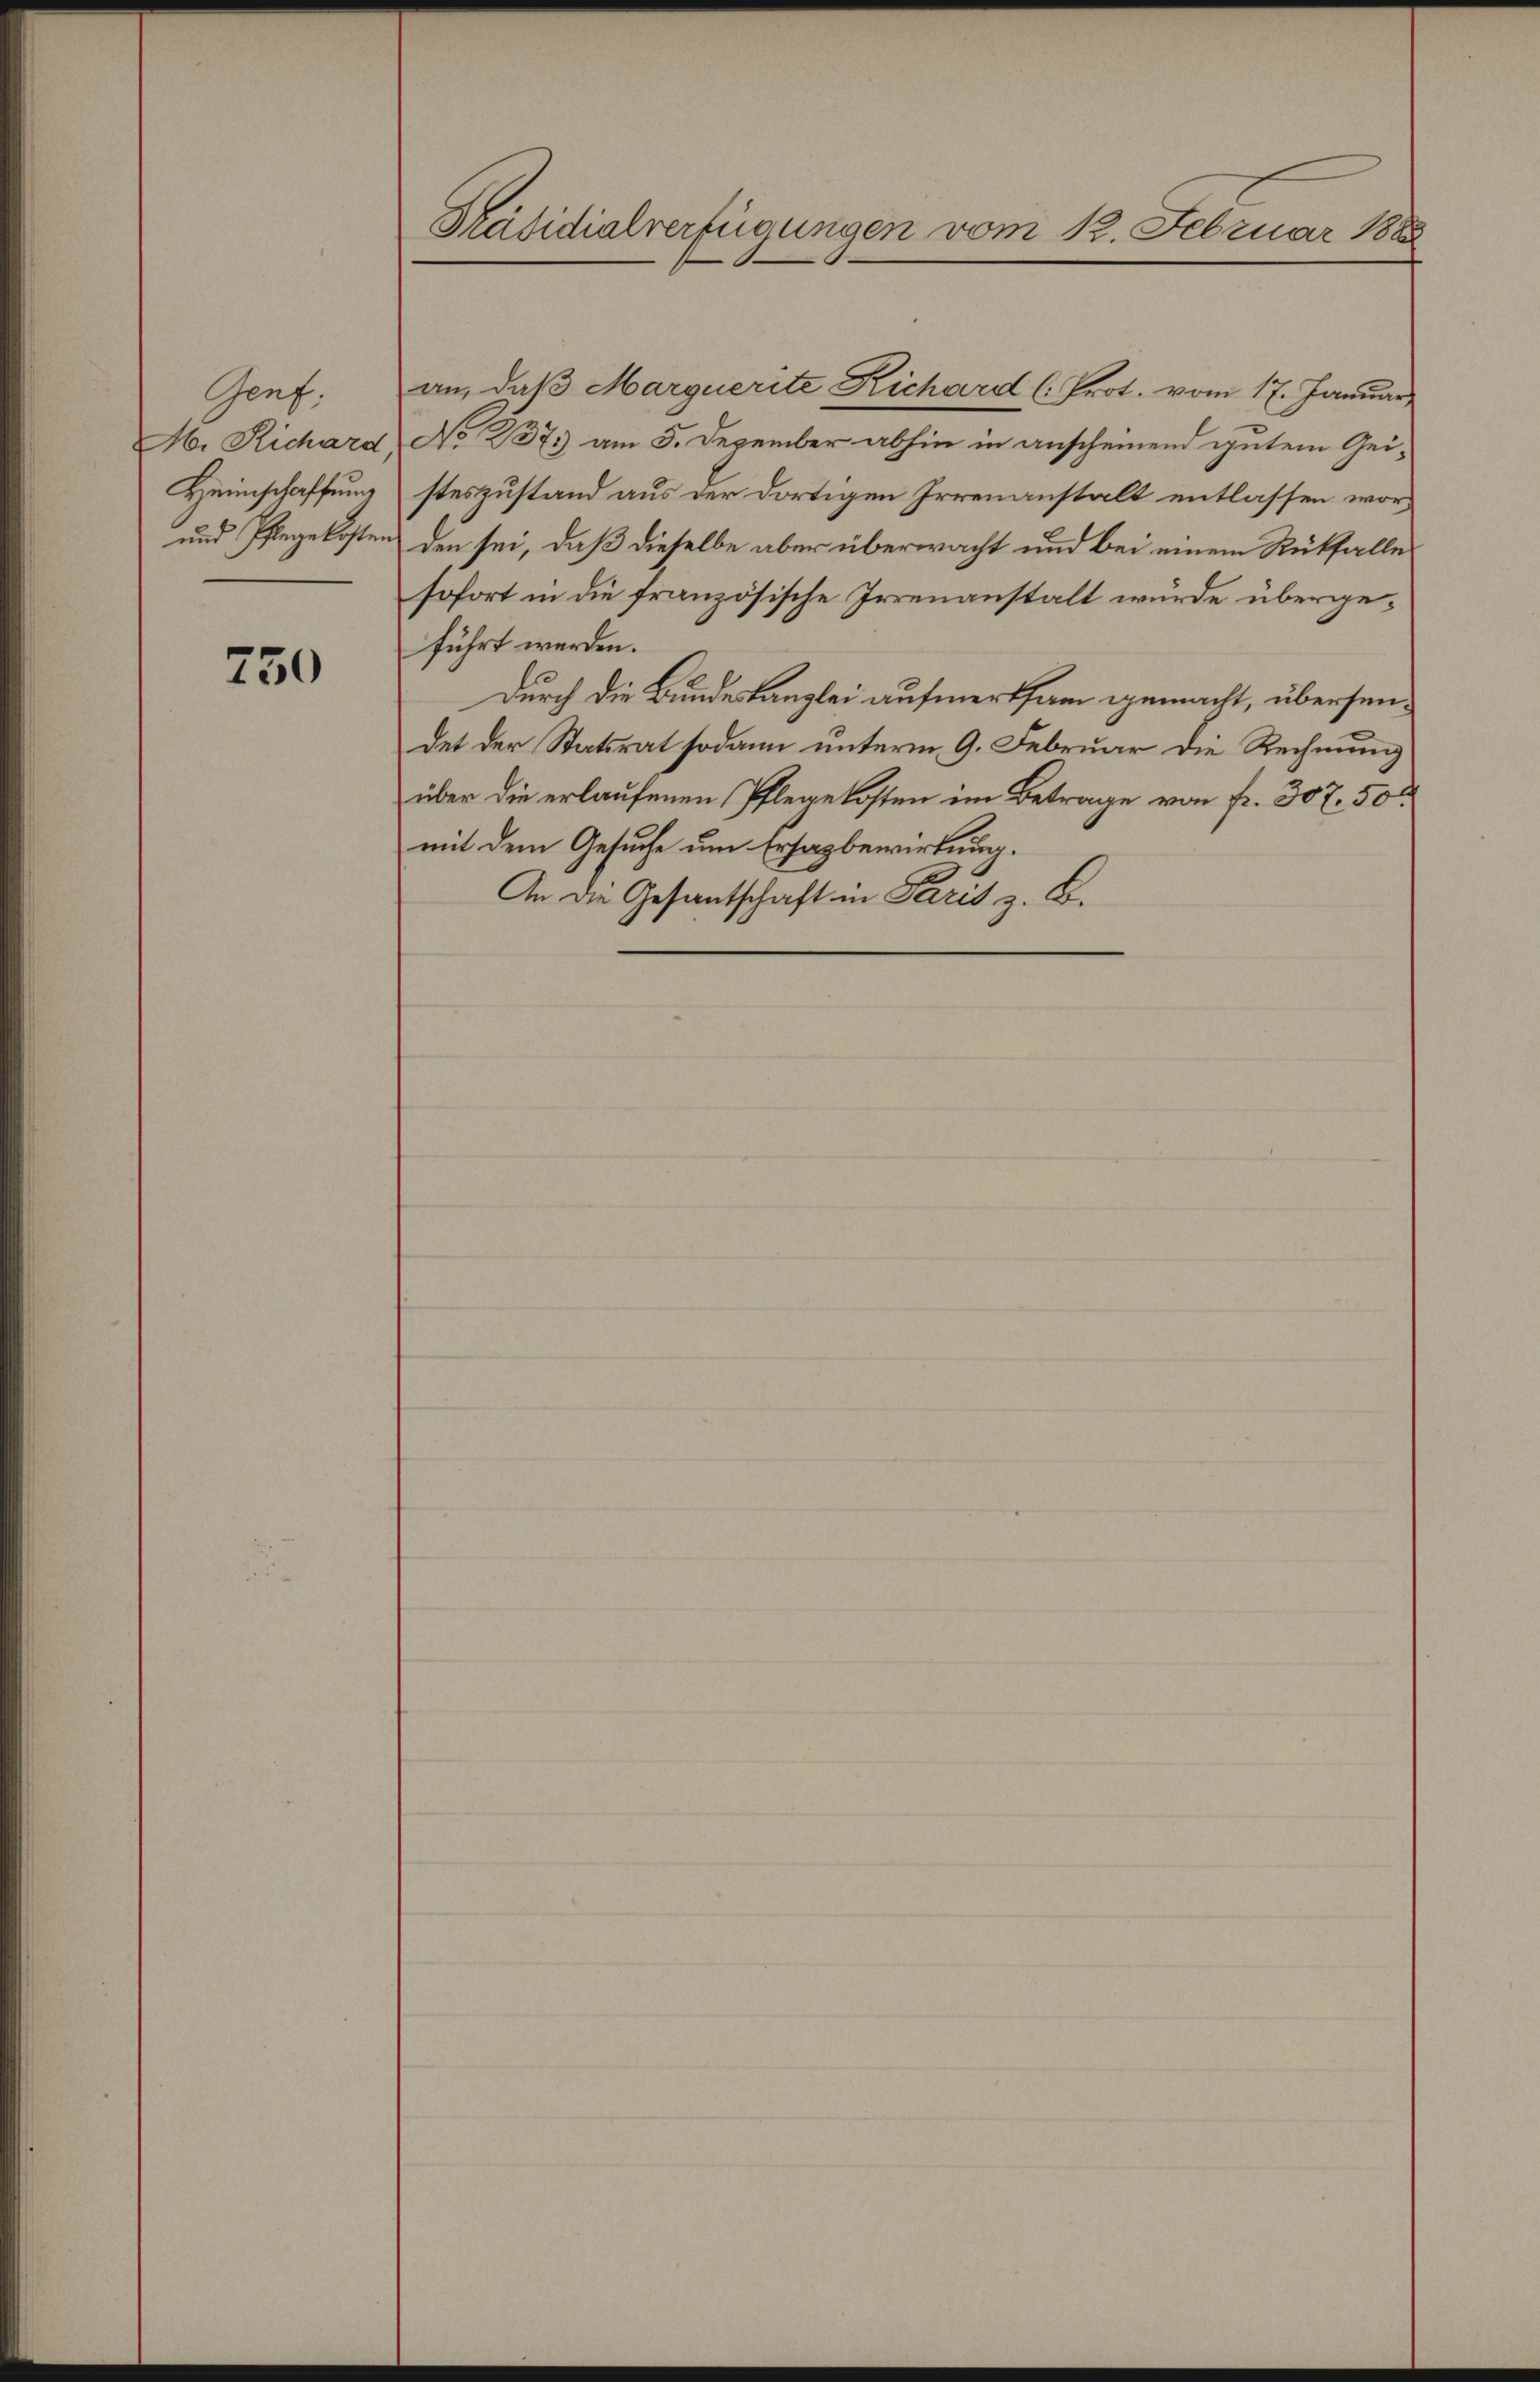
Genf.
Heimschaffung
und Pflegekosten

750

Präsidialverfügungen vom 1. Februar 1888

M. Richard No 237; am 5. Dezember abhin in anscheinend gutem Geisteszustand aus der dortigen Irrenanstalt entlassen woruden sei, daß dieselbe aber überwacht und bei einem Rückfalle
sofort in die französische Irrenanstalt würde übergeführt werden.
Durch die Bundeskanzlei aufmerksam gemacht, übersendet der Statsrat sodann unterm 9. Februar die Rechnung
über die erlaufenen Pflegekosten im Betrage von fr. 307. 50
mit dem Gesuche um Ersagbewirkung.
An die Gesantschaft in Paris z. B.

an, daß Marquerite Richard C. Prot. vom 17. Januar